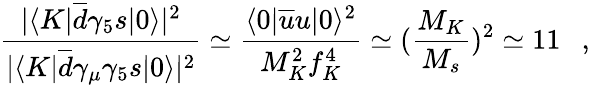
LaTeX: {\frac{|\langle K|\overline{{d}}\gamma_{5}s|0\rangle|^{2}}{|\langle K|\overline{{d}}\gamma_{\mu}\gamma_{5}s|0\rangle|^{2}}}\simeq{\frac{\langle 0|\overline{{u}}u|0\rangle^{2}}{M_{K}^{2}f_{K}^{4}}}\simeq({\frac{M_{K}}{M_{s}}})^{2}\simeq 11~~~,